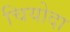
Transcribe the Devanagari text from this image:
चियोदा